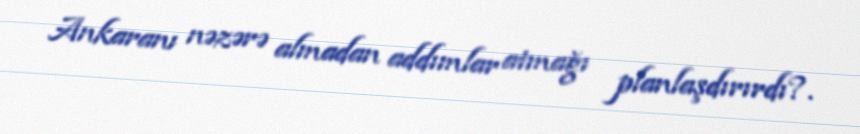
Ankaranı nəzərə almadan addımlar atmağı planlaşdırırdı?.